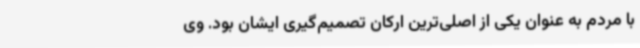
با مردم به عنوان یکی از اصلی‌ترین ارکان تصمیم‌گیری ایشان بود. وی